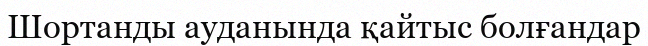
Шортанды ауданында қайтыс болғандар